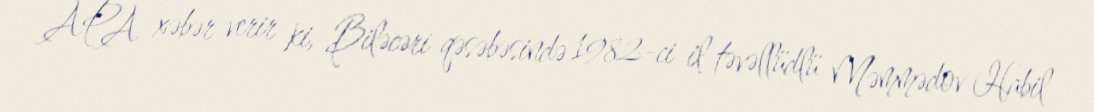
APA xəbər verir ki, Biləcəri qəsəbəsində 1982-ci il təvəllüdlü Məmmədov Habil